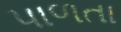
પાળતા